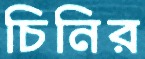
চিনির